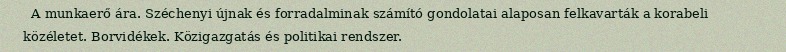
A munkaerő ára. Széchenyi újnak és forradalminak számító gondolatai alaposan felkavarták a korabeli közéletet. Borvidékek. Közigazgatás és politikai rendszer.